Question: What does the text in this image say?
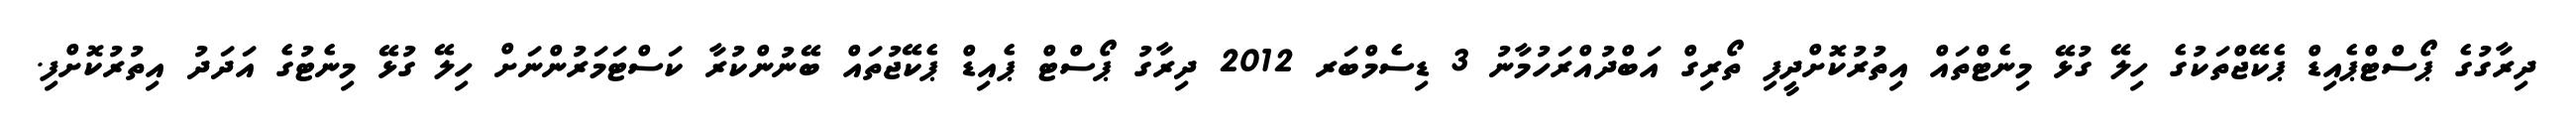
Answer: ދިރާގުގެ ޕޯސްޓްޕެއިޑް ޕެކޭޖްތަކުގެ ހިލޭ ގުޅޭ މިނެޓްތައް އިތުރުކޮށްދީފި ތޯރިގް އަބްދުއްރަހުމާނު 3 ޑިސެމްބަރ 2012 ދިރާގު ޕޯސްޓް ޕެއިޑް ޕެކޭޖުތައް ބޭނުންކުރާ ކަސްޓަމަރުންނަށް ހިލޭ ގުޅޭ މިނެޓުގެ އަދަދު އިތުރުކޮށްފި.